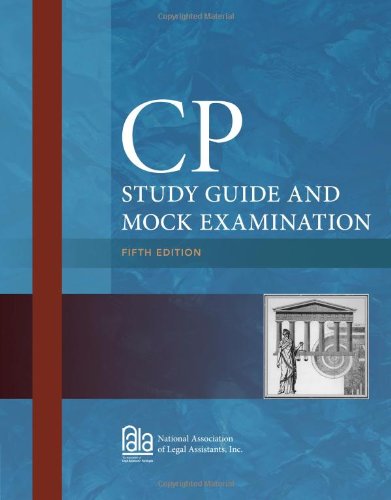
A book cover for CP Study Guide and Mock Examination; Inc. National Association of Legal Assistants; Law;